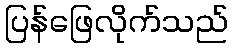
ပြန်ဖြေလိုက်သည်